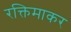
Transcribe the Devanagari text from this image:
रक्तिमाकर